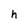
Character: h